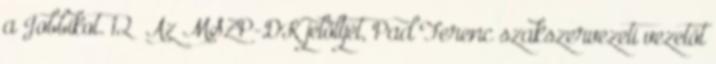
a Jobbikot. 12 Az MSZP-DK jelöltjét, Pad Ferenc szakszervezeti vezetőt